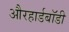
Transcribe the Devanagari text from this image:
औरहार्डबॉडी